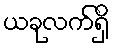
ယခုလက်ရှိ